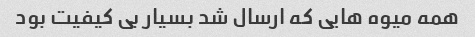
همه میوه هایی که ارسال شد بسیار بی کیفیت بود